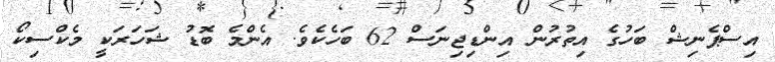
އިސްޕެނިޝް ބަހުގެ އިތުރުން އިންޑިޖިނަސް 62 ބަހެކެވެ. އެންމެ ބޮޑު ޝަހަރަކީ މެކްސިކޯ